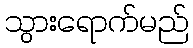
သွားရောက်မည်